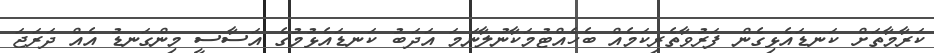
ކަރާމާތަށް ކަނޑައެޅިގެން ފަރުވާތެރިކަމެއް ބެހެއްޓުމަކާނުލާނަމަ އަދަބު ކަނޑައެޅުމުގެ އަސާސީ މިންގަނޑު އެއް ދަރަޖަ